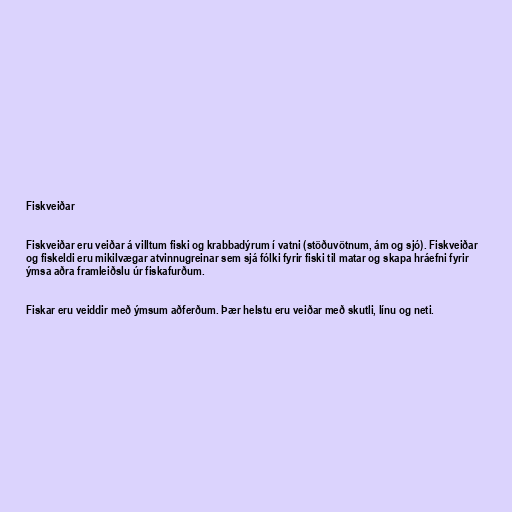
Fiskveiðar

Fiskveiðar eru veiðar á villtum fiski og krabbadýrum í vatni (stöðuvötnum, ám og sjó). Fiskveiðar
og fiskeldi eru mikilvægar atvinnugreinar sem sjá fólki fyrir fiski til matar og skapa hráefni fyrir
ýmsa aðra framleiðslu úr fiskafurðum.

Fiskar eru veiddir með ýmsum aðferðum. Þær helstu eru veiðar með skutli, línu og neti.